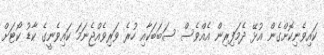
ކައިވެނިކޮށްގެން އުޅޭ ދެމަފިރިން އެއްވެސް ސަބަބަކާއި ހުރެ ވަރިވެއްޖެނަމަ ކައިވެނީގެ ކާޑު ކޯޓަށް